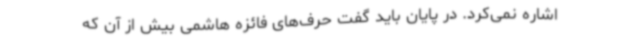
اشاره نمی‌کرد. در پایان باید گفت حرف‌های فائزه هاشمی بیش از آن که